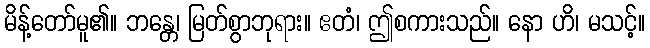
မိန့်တော်မူ၏။ ဘန္တေ၊ မြတ်စွာဘုရား။ ဧတံ၊ ဤစကားသည်။ နော ဟိ၊ မသင့်။